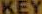
KEY